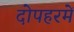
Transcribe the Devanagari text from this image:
दोपहरमें